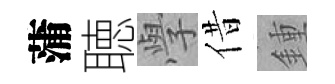
蒲聴𭓕借鍾